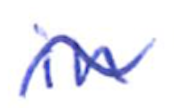
Text: in
Cross-out: wave
Writing tool: ballpoint